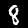
Digit: 8